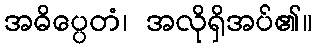
အဓိပ္ပေတံ၊ အလိုရှိအပ်၏။